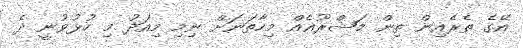
އޭގެ ތެރެއިން ތިން މަޝްރޫޢެއް މިހާތަނަށް ނިމި މިއަދު މި ހުޅުވުނީ ދެ